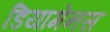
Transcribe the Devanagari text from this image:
डियामेनस